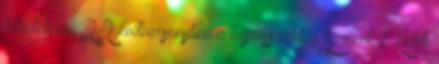
tekintetében 22 holtversenyben a legrosszabb a Szolnok a Keleti